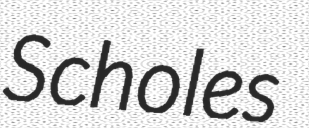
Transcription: Scholes